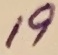
Text: 19